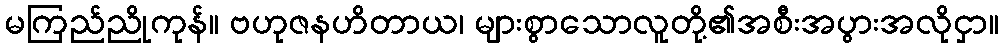
မကြည်ညိုကုန်။ ဗဟုဇနဟိတာယ၊ များစွာသောလူတို့၏အစီးအပွားအလိုငှာ။